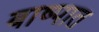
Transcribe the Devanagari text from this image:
बाष्पात